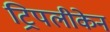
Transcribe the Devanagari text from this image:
ट्रिपलीकेन